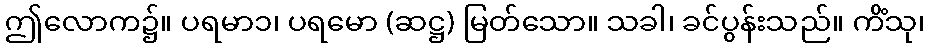
ဤလောက၌။ ပရမာ၁၊ ပရမော (ဆဋ္ဌ) မြတ်သော။ သခါ၊ ခင်ပွန်းသည်။ ကိံသု၊